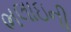
ભલાઇની